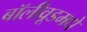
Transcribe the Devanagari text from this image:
बॉलीवूडमधे